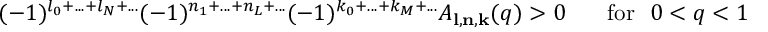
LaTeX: ( - 1 ) ^ { l _ { 0 } + . . . + l _ { N } + . . . } ( - 1 ) ^ { n _ { 1 } + . . . + n _ { L } + . . . } ( - 1 ) ^ { k _ { 0 } + . . . + k _ { M } + . . . } A _ { { \bf l } , { \bf n } , { \bf k } } ( q ) > 0 \, ~ ~ ~ ~ ~ \mathrm { f o r } ~ ~ 0 < q < 1